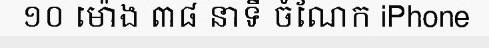
១០ ម៉ោង ៣៨ នាទី ចំណែក iPhone